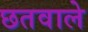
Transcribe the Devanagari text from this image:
छतवाले